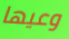
وعيها